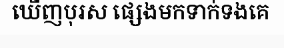
ឃើញបុរស ផ្សេងមកទាក់ទងគេ